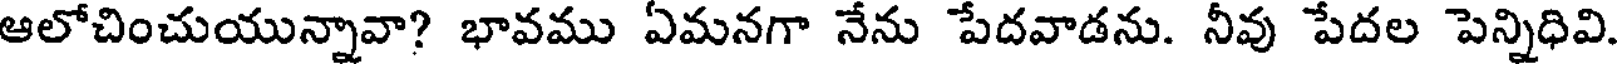
ఆలోచించుయున్నావా? భావము ఏమనగా నేను పేదవాడను. నీవు పేదల పెన్నిధివి.